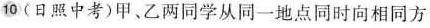
10(日照中考)甲、乙两同学从同一地点同时向相同方